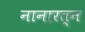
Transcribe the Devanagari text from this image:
नानारत्न